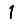
Digit: 1